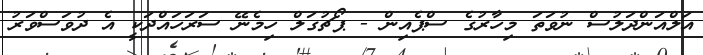
އަލްއަންދަލުސް ނުވަތަ މިހާރުގެ ސްޕެއިން - ޕޯޗުގަލް ހިމެނޭ ސަރަހައްދަކީ އެ ދުވަސްވަރު